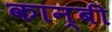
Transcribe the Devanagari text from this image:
कान्बी